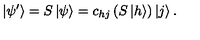
\left| \psi ^ { \prime } \right> = S \left| \psi \right> = c _ { h j } \left( S \left| h \right> \right) \left| j \right> .